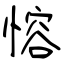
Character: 愹